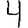
Digit: 4